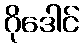
ဂိုဒေါင်